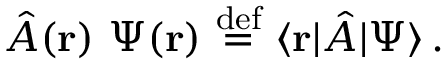
{ \hat { A } } ( \mathbf { r } ) ~ \Psi ( \mathbf { r } ) \ { \stackrel { \mathrm { d e f } } { = } } \ \langle \mathbf { r } | { \hat { A } } | \Psi \rangle \, .